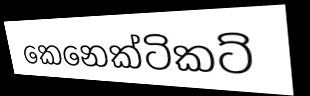
කෙනෙක්ටිකට්